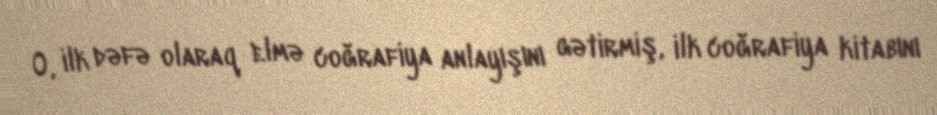
O, ilk dəfə olaraq elmə coğrafiya anlayışını gətirmiş, ilk coğrafiya kitabını